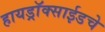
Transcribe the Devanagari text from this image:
हायड्राॅक्साईडचे